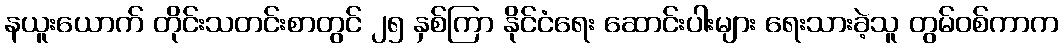
နယူးယောက် တိုင်းသတင်းစာတွင် ၂၅ နှစ်ကြာ နိုင်ငံရေး ဆောင်းပါးများ ရေးသားခဲ့သူ တွမ်ဝစ်ကာက